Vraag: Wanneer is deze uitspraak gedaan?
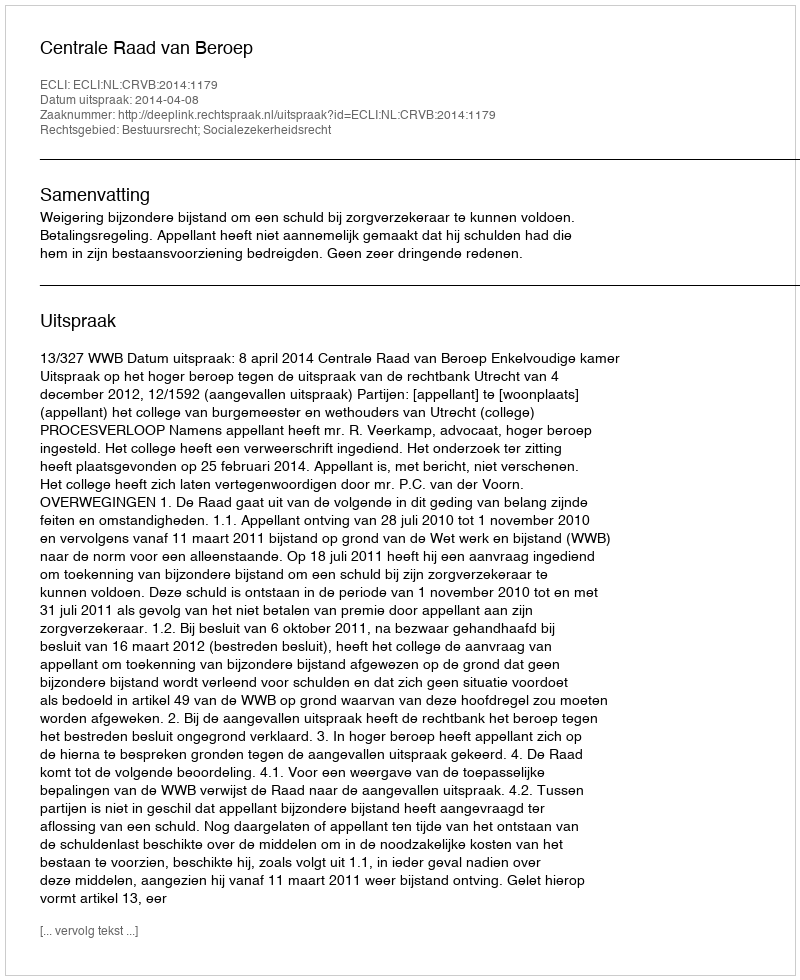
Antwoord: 2014-04-08